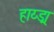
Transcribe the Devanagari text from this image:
हाय्ड्रा